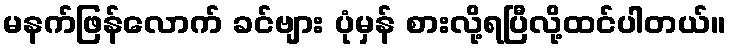
မနက်ဖြန်လောက် ခင်ဗျား ပုံမှန် စားလို့ရပြီလို့ထင်ပါတယ်။